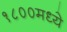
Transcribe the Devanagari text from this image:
१८००मध्ये